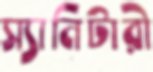
স্যানিটারী